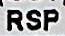
RSP